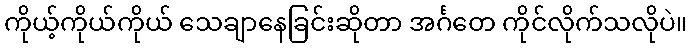
ကိုယ့်ကိုယ်ကိုယ် သေချာနေခြင်းဆိုတာ အင်္ဂတေ ကိုင်လိုက်သလိုပဲ။